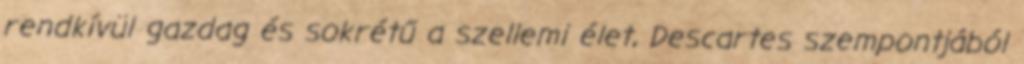
rendkívül gazdag és sokrétű a szellemi élet, Descartes szempontjából